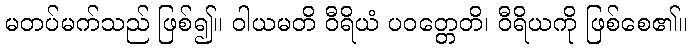
မတပ်မက်သည် ဖြစ်၍။ ဝါယမတိ ဝီရိယံ ပဝတ္တေတိ၊ ဝီရိယကို ဖြစ်စေ၏။